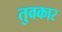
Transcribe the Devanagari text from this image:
तुवकार